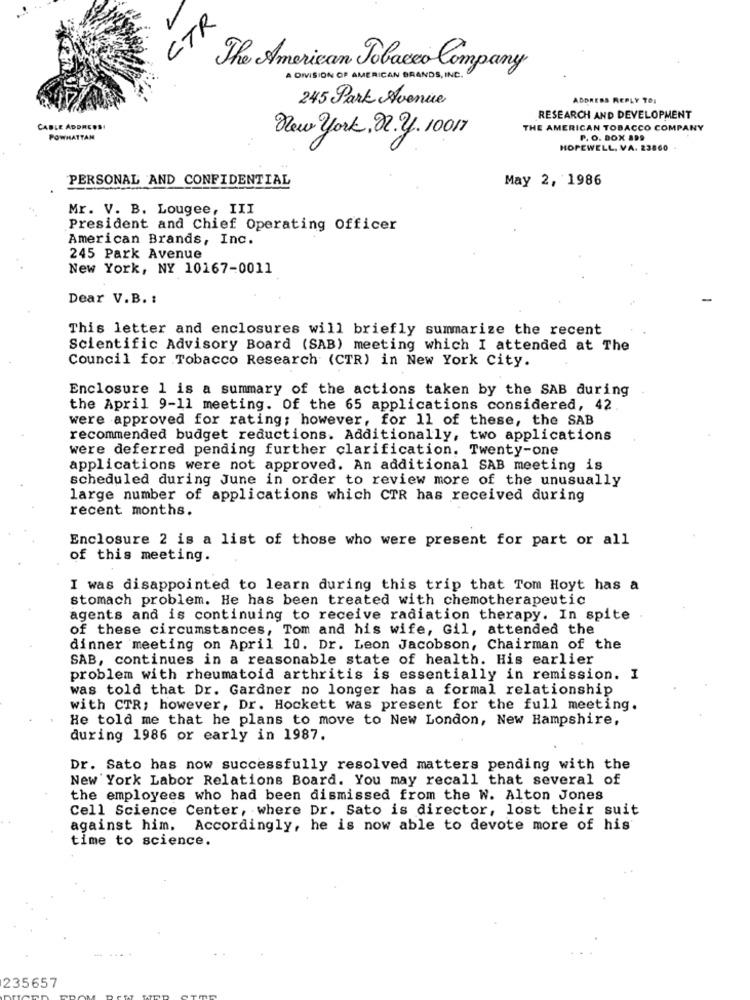
CTR
The American Tobacco Company
A DIVISION OF AMERICAN BRANDS, INC.
245 Park Avenue
ADDRESS REPLY TO.
RESEARCH AND DEVELOPMENT
CABLE ADDRESS
THE AMERICAN TOBACCO COMPANY
POWHATTAN
New york. 2. 2. 10017
P. O. BOX 199
HOPEWELL, VA. 23860
PERSONAL AND CONFIDENTIAL
May 2, 1986
Mr. V. B. Lougee, III
President and Chief Operating Officer
American Brands, Inc.
245 Park Avenue
New York, NY 10167-0011
Dear V.B. :
-
This letter and enclosures will briefly summarize the recent
Scientific Advisory Board (SAB) meeting which I attended at The
Council for Tobacco Research (CTR) in New York City.
Enclosure 1 is a summary of the actions taken by the SAB during
the April 9-11 meeting. Of the 65 applications considered, 42.
were approved for rating; however, for 11 of these, the SAB
recommended budget reductions. Additionally, two applications
were deferred pending further clarification. Twenty-one
applications were not approved. An additional SAB meeting is
scheduled during June in order to review more of the unusually
large number of applications which CTR has received during
recent months.
Enclosure 2 is a list of those who were present for part or all
of this meeting.
I was disappointed to learn during this trip that Tom Hoyt has a
stomach problem. He has been treated with chemotherapeutic
agents and is continuing to receive radiation therapy. In spite
of these circumstances, Tom and his wife, Gil, attended the
dinner meeting on April 10. Dr. Leon Jacobson, Chairman of the
SAB, continues in a reasonable state of health. His earlier
problem with rheumatoid arthritis is essentially in remission. I
was told that Dr. Gardner no longer has a formal relationship
with CTR; however, Dr. Hockett was present for the full meeting.
He told me that he plans to move to New London, New Hampshire,
during 1986 or early in 1987.
Dr. Sato has now successfully resolved matters pending with the
New York Labor Relations Board. You may recall that several of
the employees who had been dismissed from the W. Alton Jones
Cell Science Center, where Dr. Sato is director, lost their suit
against him. Accordingly, he is now able to devote more of his
time to science.
235657